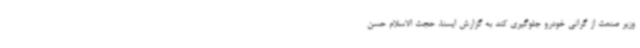
وزیر صنعت از گرانی خودرو جلوگیری کند به گزارش ایسنا، حجت الاسلام حسن